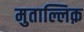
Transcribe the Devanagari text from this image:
मुताल्लिक़